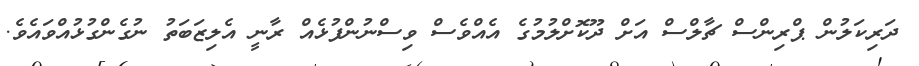
ދަރިކަލުން ޕްރިންސް ޗާލްސް އަށް ދޫކޮށްލުމުގެ އެއްވެސް ވިސްނުންފުޅެއް ރާނީ އެލިޒަބަތު ނުގެންގުޅުއްވައެވެ.